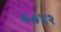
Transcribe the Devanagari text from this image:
७७४२